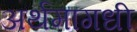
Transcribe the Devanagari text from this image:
अर्थमागधी